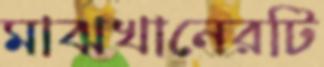
মাঝখানেরটি